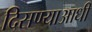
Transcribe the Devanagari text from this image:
दिसण्याआधी